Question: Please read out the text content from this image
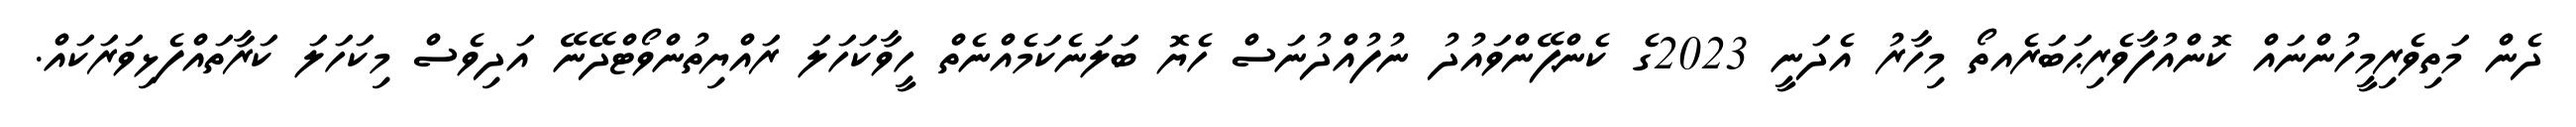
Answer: ދެން މަތިވެރިމީހުންނައް ކޮންއުފާވެރިޙަބަރެއތޯ މިހާރު އެދަނީ 2023ގެ ކެންޕޭންވައުދު ނުފުއްދުނަސް ހެޔޮ ބަލަނެކަމެއްނެތް ހީވާކަހަލަ ރައްޔިތުންވޯޓްދޭނޭ އަދިވެސް މިކަހަލަ ކަރާތައްފެޅިވަރަކައް.